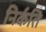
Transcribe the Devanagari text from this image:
निर्कति